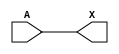
module sky130_fd_sc_lp__dlymetal6s6s (
    X,
    A
);

    // Module ports
    output X;
    input  A;

    // Local signals
    wire buf0_out_X;

    //  Name  Output      Other arguments
    buf buf0 (buf0_out_X, A              );
    buf buf1 (X         , buf0_out_X     );

endmodule